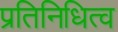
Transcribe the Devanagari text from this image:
प्रतिनिधित्व